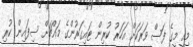
މިއީ މީގެ ފަސް ވަރަކަށް އަހަރު ކުރިން ޓައިގަރުންގެ މައްޗަށް ސިފައިން ކުރި